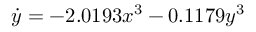
\dot { y } = - 2 . 0 1 9 3 x ^ { 3 } - 0 . 1 1 7 9 y ^ { 3 }